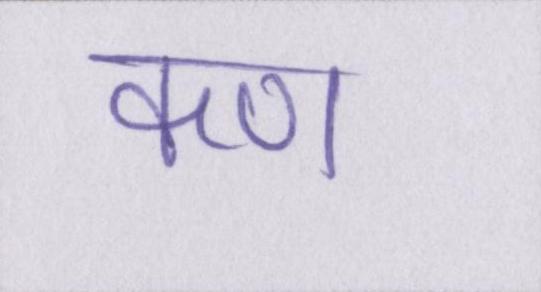
कण